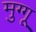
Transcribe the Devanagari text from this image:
मुग्गू